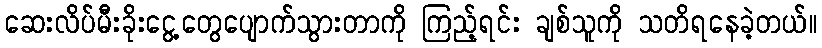
ဆေးလိပ်မီးခိုးငွေ့တွေပျောက်သွားတာကို ကြည့်ရင်း ချစ်သူကို သတိရနေခဲ့တယ်။